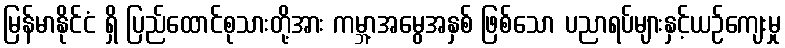
မြန်မာနိုင်ငံ ရှိ ပြည်ထောင်စုသားတို့အား ကမ္ဘာ့အမွေအနှစ် ဖြစ်သော ပညာရပ်များနှင့်ယဉ်ကျေးမှု